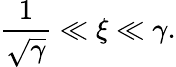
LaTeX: \frac 1{\sqrt\gamma}\ll\xi\ll\gamma.